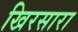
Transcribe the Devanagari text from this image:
खिरसारा